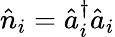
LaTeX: \hat{n}_{i}=\hat{a}_{i}^{\dagger}\hat{a}_{i}